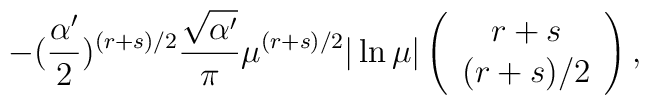
- (\frac{\alpha '}{2} )^{(r+s)/2} \frac{\sqrt{\alpha '}}{\pi} \mu ^{(r+s)/2} |\ln \mu | \left( \begin{array}{c}                                   r+s \\ (r+s)/2                                 \end{array} \right) ,